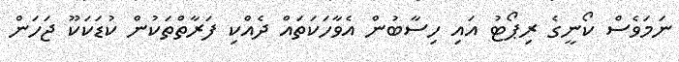
ނަމަވެސް ކޯނީގެ ރިޕޯޓު އައި ހިސާބުން އެވާހަކަތައް ދެއްކި ފަރާތްތަކުން ކުޑަކަކޫ ޖަހަން